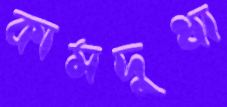
কামদুধা